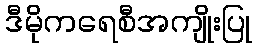
ဒီမိုကရေစီအကျိုးပြု